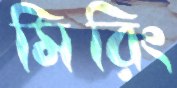
মিরিং